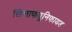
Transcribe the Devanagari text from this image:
खिलाफयूनिफायड